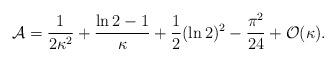
LaTeX: \begin{align*}{\cal A} = {1\over 2\kappa^{2}} + {\ln 2 -1\over\kappa} + {1\over 2}(\ln 2)^{2} - {\pi^{2}\over 24} + {\cal O}(\kappa).\end{align*}